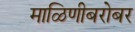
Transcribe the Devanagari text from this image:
माळिणीबरोबर